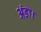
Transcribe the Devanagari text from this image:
अंडा।